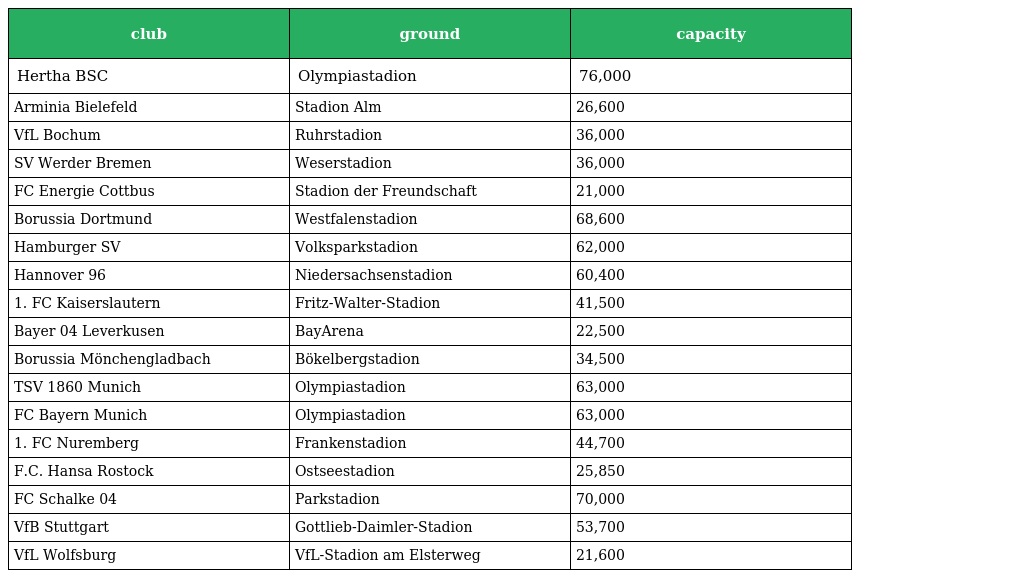
| club | ground | capacity |
 | --- | --- | --- |
 | Hertha BSC | Olympiastadion | 76,000 |
 | Arminia Bielefeld | Stadion Alm | 26,600 |
 | VfL Bochum | Ruhrstadion | 36,000 |
 | SV Werder Bremen | Weserstadion | 36,000 |
 | FC Energie Cottbus | Stadion der Freundschaft | 21,000 |
 | Borussia Dortmund | Westfalenstadion | 68,600 |
 | Hamburger SV | Volksparkstadion | 62,000 |
 | Hannover 96 | Niedersachsenstadion | 60,400 |
 | 1. FC Kaiserslautern | Fritz-Walter-Stadion | 41,500 |
 | Bayer 04 Leverkusen | BayArena | 22,500 |
 | Borussia Mönchengladbach | Bökelbergstadion | 34,500 |
 | TSV 1860 Munich | Olympiastadion | 63,000 |
 | FC Bayern Munich | Olympiastadion | 63,000 |
 | 1. FC Nuremberg | Frankenstadion | 44,700 |
 | F.C. Hansa Rostock | Ostseestadion | 25,850 |
 | FC Schalke 04 | Parkstadion | 70,000 |
 | VfB Stuttgart | Gottlieb-Daimler-Stadion | 53,700 |
 | VfL Wolfsburg | VfL-Stadion am Elsterweg | 21,600 |